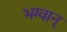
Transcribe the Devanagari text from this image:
भग्वान्